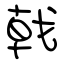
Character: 戟